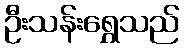
ဦးသန်းရွှေသည်